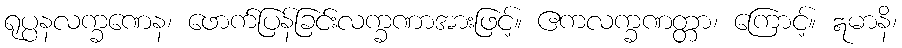
ရုပ္ပနလက္ခဏေန၊ ဖောက်ပြန်ခြင်းလက္ခဏာအားဖြင့်။ ဧကလက္ခဏတ္တာ၊ ကြောင့်။ ဣမာနိ၊